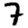
Digit: 7